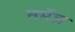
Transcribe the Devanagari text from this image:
तर्मेज़